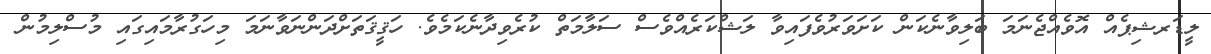
ލީޑަރޝިޕެއް އޮވެއްޖެނަމަ ބަލިވާނެކަން ކަށަވަރުވެފައިވާ ލަޝްކަރެއްވެސް ސަލާމަތް ކުރެވިދާނެކަމެވެ. ހަޤީޤަތަށްދަންނަވާނަމަ މިހަގުރާމައިގައި މުސްލިމުން